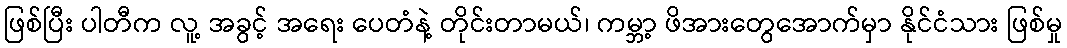
ဖြစ်ပြီး ပါတီက လူ့ အခွင့် အရေး ပေတံနဲ့ တိုင်းတာမယ်၊ ကမ္ဘာ့ ဖိအားတွေအောက်မှာ နိုင်ငံသား ဖြစ်မှု